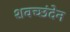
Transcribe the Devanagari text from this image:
शवच्छंदेन